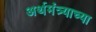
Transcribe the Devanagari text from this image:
अर्थमंत्र्याच्या